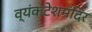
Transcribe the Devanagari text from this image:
व्यंकटेशमंदिर